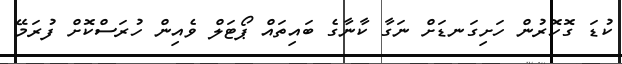
ކުޑަ ގޮހޮރުން ހަށިގަނޑަށް ނަގާ ކާނާގެ ބައިތައް ޕޯޓަލް ވެއިން ހުރަސްކޮށް ފުރަމޭ